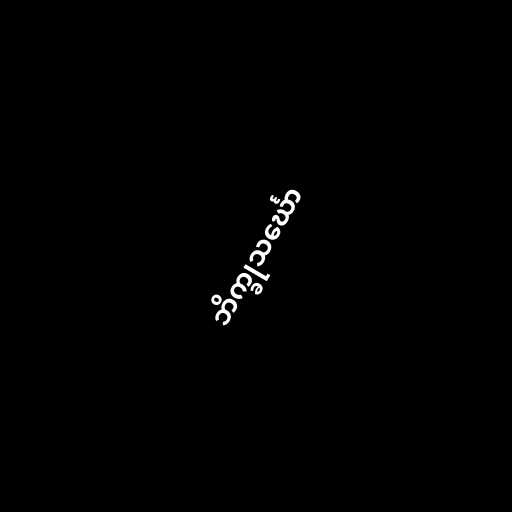
ဘိက္ခုသင်္ဃော